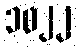
၁၀၂၂